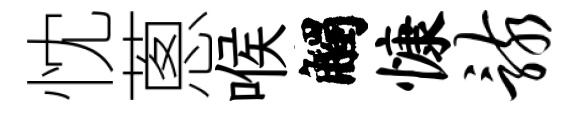
忱蔥喉觸慷骸